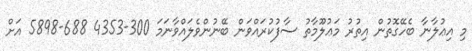
މި އިޢުލާނާ ބެހޭގޮތުން އިތުރު މަޢުލޫމާތު ސާފުކުރައްވަން ބޭނުންވެލައްވާނަމަ 300-4353 688-5898 އަށް